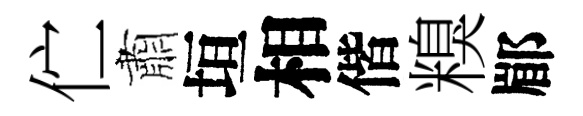
伫肅垣相偕糗郿